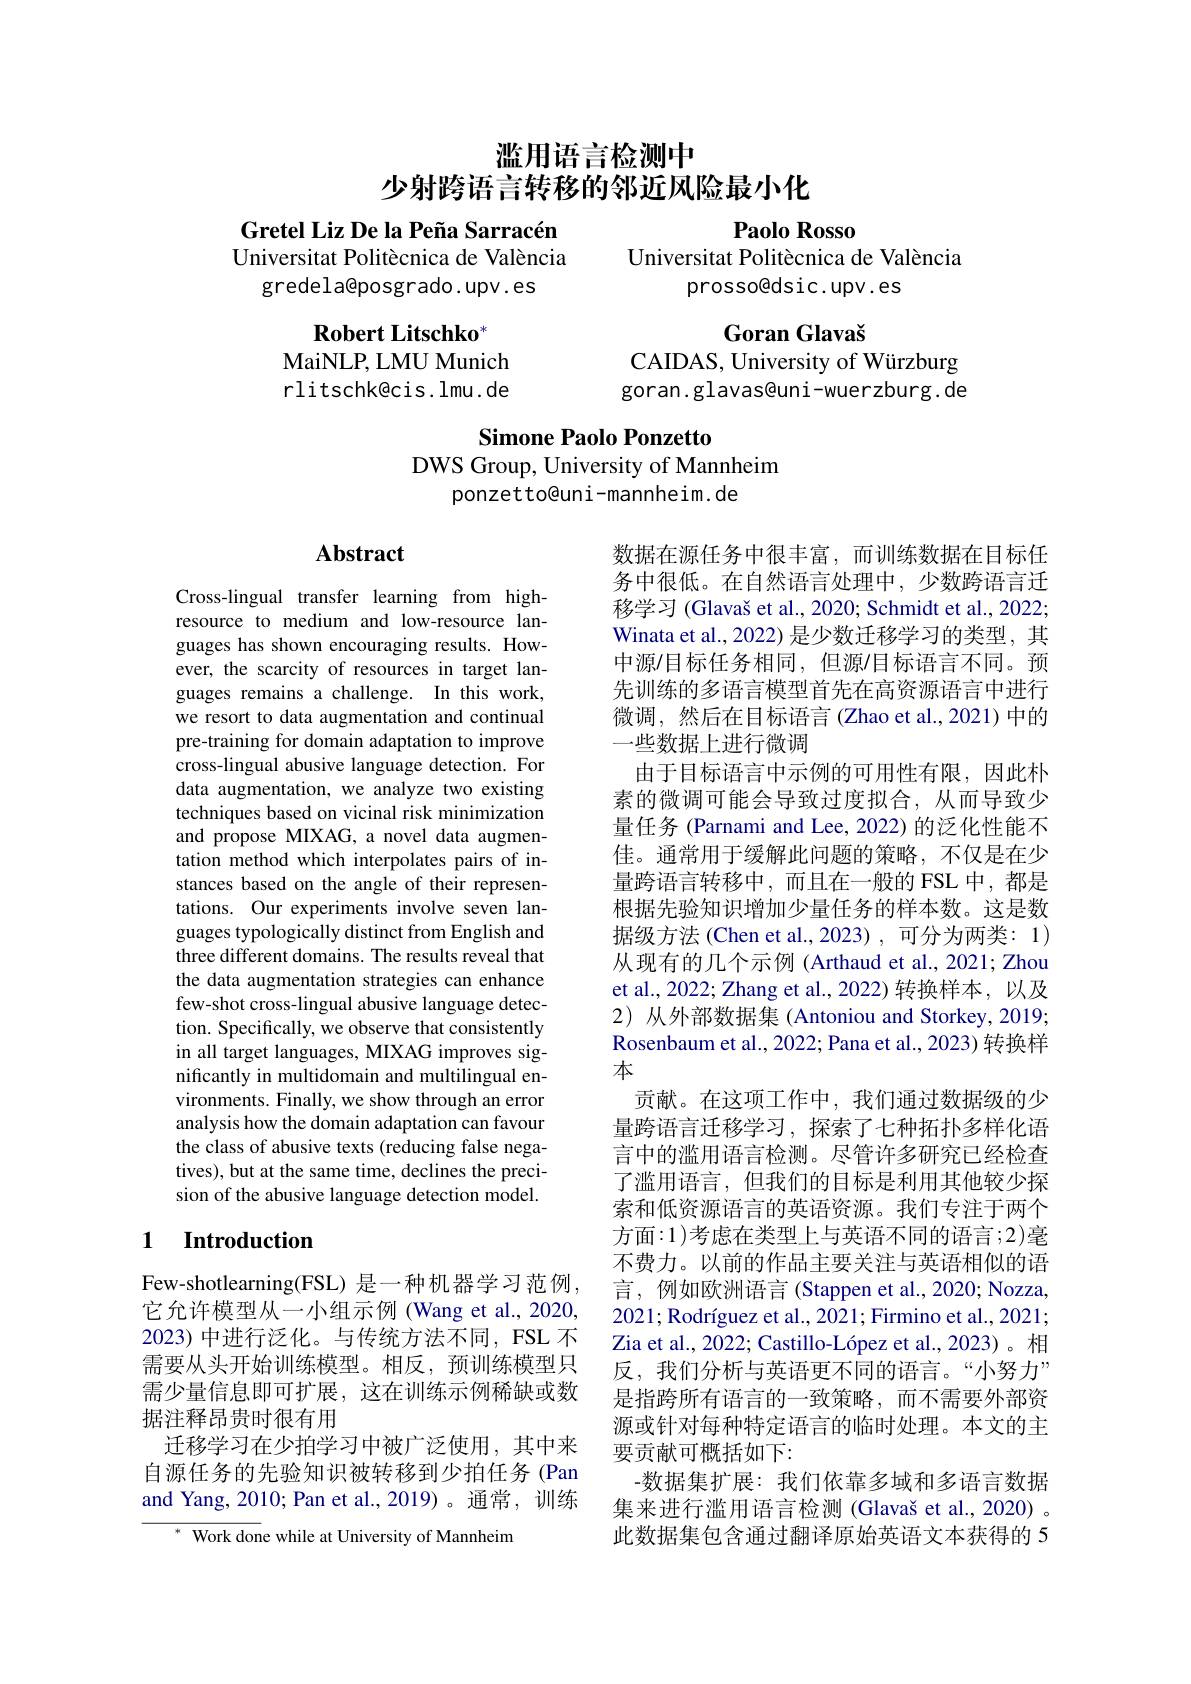
滥用语言检测中
少射跨语言转移的邻近风险最小化

Paolo Rosso
Gretel Liz De la Peña Sarracén Universitat Politècnica de València
Universitat Politècnica de València
gredela@posgrado.upv.es
prosso@dsic.upv.es

Goran Glavaš
CAIDAS, University of Würzburg

$\textbf{Robert Litschko}^{*}$
MaiNLP, LMU Munich rlitschk@cis. lmu. de

goran.glavas@uni-wuerzburg.de

Simone Paolo Ponzetto
DWS Group, University of Mannheim
ponzetto@uni-mannheim.de

### $\mathbf{Abstract}$

Cross-lingual transfer learning from highresource to medium and low-resource languages has shown encouraging results. However, the scarcity of resources in target languages remains a challenge. In this work, we resort to data augmentation and continual pre-training for domain adaptation to improve cross-lingual abusive language detection. For data augmentation, we analyze two existing techniques based on vicinal risk minimization and propose MIXAG, a novel data augmentation method which interpolates pairs of instances based on the angle of their representations. Our experiments involve seven languages typologically distinct from English and three different domains. The results reveal that the data augmentation strategies can enhance few-shot cross-lingual abusive language detection. Specifically, we observe that consistently in all target languages, MIXAG improves significantly in multidomain and multilingual environments. Finally, we show through an error analysis how the domain adaptation can favour the class of abusive texts (reducing false negatives), but at the same time, declines the precision of the abusive language detection model.

数据在源任务中很丰富，而训练数据在目标任务中很低。在自然语言处理中，少数跨语言迁移学习 (Glavaš et al., 2020; Schmidt et al., 2022; Winata et al., 2022) 是少数迁移学习的类型，其中源/目标任务相同，但源/目标语言不同。预先训练的多语言模型首先在高资源语言中进行微调，然后在目标语言(Zhao et al., 2021)中的一些数据上进行微调
由于目标语言中示例的可用性有限，因此朴素的微调可能会导致过度拟合，从而导致少量任务 (Parnami and Lee, 2022) 的泛化性能不佳。通常用于缓解此问题的策略，不仅是在少量跨语言转移中，而且在一般的 FSL 中，都是根据先验知识增加少量任务的样本数。这是数据级方法 (Chen et al.,2023) ,可分为两类：1) 从现有的几个示例 (Arthaud et al., 2021; Zhou et al., 2022; Zhang et al., 2022) 转换样本，以及2) 从外部数据集 (Antoniou and Storkey, 2019; Rosenbaum et al., 2022; Pana et al., 2023) 转换样本
贡献。在这项工作中，我们通过数据级的少量跨语言迁移学习，探索了七种拓扑多样化语言中的滥用语言检测。尽管许多研究已经检查了滥用语言，但我们的目标是利用其他较少探索和低资源语言的英语资源。我们专注于两个方面：1)考虑在类型上与英语不同的语言；2)毫不费力。以前的作品主要关注与英语相似的语言，例如欧洲语言(Stappen et al.,2020; Nozza, $2021; \text{Rodr\'{ı } guez et al. , 2021; Firmino et al. , 2021; }$ Zia et al., 2022; Castillo-López et al., 2023)。相反，我们分析与英语更不同的语言。“小努力” 是指跨所有语言的一致策略，而不需要外部资源或针对每种特定语言的临时处理。本文的主要贡献可概括如下：
-数据集扩展：我们依靠多域和多语言数据集来进行滥用语言检测(Glavaš et al., 2020) 。此数据集包含通过翻译原始英语文本获得的 5

### 1 Introduction

Few-shotlearning(FSL) 是一种机器学习范例它允许模型从一小组示例 (Wang et al., 2020, 2023) 中进行泛化。与传统方法不同，FSL 不需要从头开始训练模型。相反，预训练模型只需少量信息即可扩展，这在训练示例稀缺或数据注释昂贵时很有用
迁移学习在少拍学习中被广泛使用，其中来自源任务的先验知识被转移到少拍任务(Pan and Yang, 2010; Pan et al., 2019)。通常，训练

Work done while at University of Mannheim